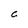
Character: c